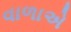
વાળાએ